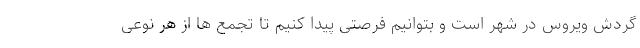
گردش ویروس در شهر است و بتوانیم فرصتی پیدا کنیم تا تجمع ها از هر نوعی